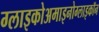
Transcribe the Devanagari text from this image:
ग्लाइकोअमाइनोग्लाइकॉन